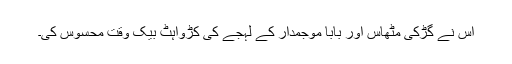
اُس نے گڑکی مٹھاس اور بابا موجمدار کے لہجے کی کڑواہٹ بیک وقت محسوس کی۔